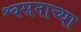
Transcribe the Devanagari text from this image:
श्वसनाच्या